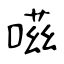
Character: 嗞